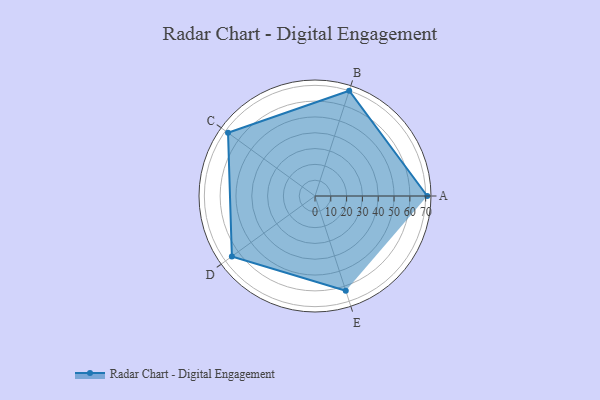
{"axis": {"x": "Skill", "y": "Score"}, "legend": ["Profile"], "data": [{"x": "A", "y": 71.0, "type": "Profile"}, {"x": "B", "y": 70.0, "type": "Profile"}, {"x": "C", "y": 68.0, "type": "Profile"}, {"x": "D", "y": 65.0, "type": "Profile"}, {"x": "E", "y": 63.0, "type": "Profile"}]}